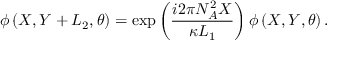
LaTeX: \phi \left( X , Y + L _ { 2 } , \theta \right) = \exp \left( \frac { i 2 \pi N _ { A } ^ { 2 } X } { \kappa L _ { 1 } } \right) \phi \left( X , Y , \theta \right) .